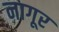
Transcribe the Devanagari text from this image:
नागूर